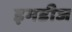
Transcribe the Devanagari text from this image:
इमडीज